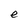
Character: e